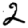
Digit: 2